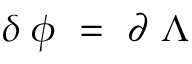
\delta \; \phi \ = \ \partial \; \Lambda